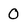
Character: 0